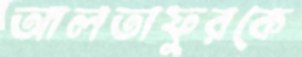
আলতাফুরকে